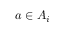
a \in A _ { i }